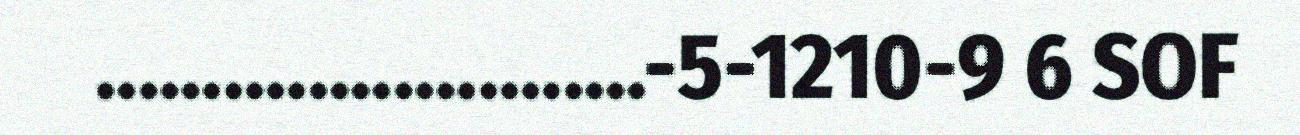
..........................-5-1210-9 6 SOF